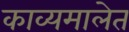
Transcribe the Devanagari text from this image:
काव्यमालेत